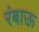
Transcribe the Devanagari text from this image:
रंबाऊ